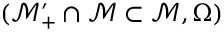
( \mathcal { M } _ { + } ^ { \prime } \cap \mathcal { M } \subset \mathcal { M } , \Omega \mathcal { ) }